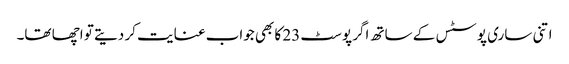
اتنی ساری پوسٹس کے ساتھ اگر پوسٹ 23 کا بھی جواب عنایت کر دیتے تو اچھا تھا۔